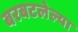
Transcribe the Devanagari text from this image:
बरबटलेल्या